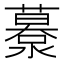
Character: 𦿹